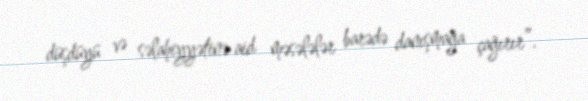
düşdüyü və səlahiyyətinə aid məsələlər barədə danışmağa çağırır”.